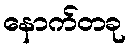
နောက်တခု